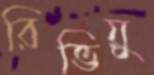
রিভিয়ু